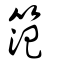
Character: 笵